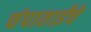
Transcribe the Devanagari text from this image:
चंपाताईंचे